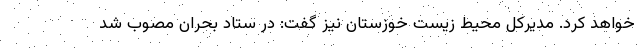
خواهد کرد. مدیرکل محیط زیست خوزستان نیز گفت: در ستاد بحران مصوب شد